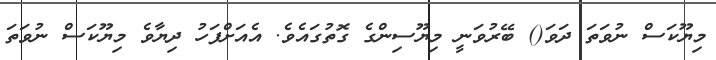
މިޔޫކަސް ނުވަތަ ދަވަ() ބޭރުވަނީ މިޔޫސިންގެ ގޮތުގައެވެ. އެއަށްފަހު ދިޔާވެ މިޔޫކަސް ނުވަތަ